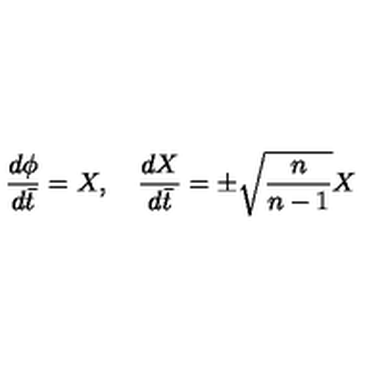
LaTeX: \frac { d \phi } { d \bar { t } } = X , \quad \frac { d X } { d \bar { t } } = \pm \sqrt { \frac n { n - 1 } } X